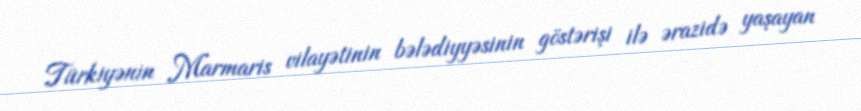
Türkiyənin Marmaris vilayətinin bələdiyyəsinin göstərişi ilə ərazidə yaşayan